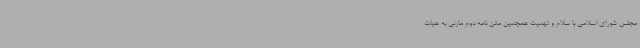
مجلس شورای اسلامی با سلام و تهنیت همچنین متن نامه دوم مازنی به هیات